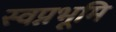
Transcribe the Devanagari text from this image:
स्वप्नभूमि